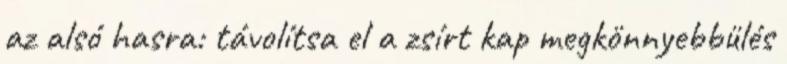
az alsó hasra: távolítsa el a zsírt kap megkönnyebbülés